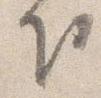
下